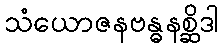
သံယောဇနဗန္ဓနစ္ဆိဒါ